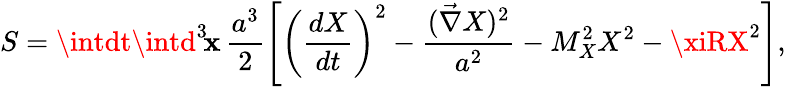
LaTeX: S=\intdt\intd^{3}\! \mathbf{x}\, \frac{{a^{3}}}{{2}}\left[\left(\frac{{dX}}{{dt}}\right)^{2}-\frac{{({\vec{{\nabla}}}X)^{2}}}{{a^{2}}}-M_{X}^{2}X^{2}-\xiRX^{2}\right],